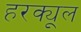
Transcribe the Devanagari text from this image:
हरक्यूल